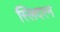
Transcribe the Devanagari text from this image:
स्लिदरन